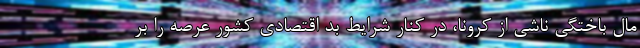
مال باختگی ناشی از کرونا، در کنار شرایط بد اقتصادی کشور عرصه را بر